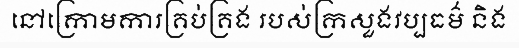
នៅក្រោមការគ្រប់គ្រង របស់ក្រសួងវប្បធម៌ និង